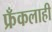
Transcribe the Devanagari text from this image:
फ्रँकलाही